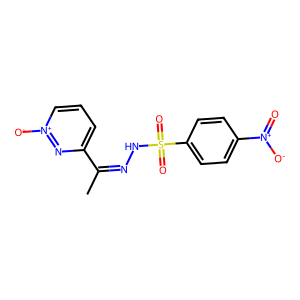
SMILES: CC(=NNS(=O)(=O)c1ccc([N+](=O)[O-])cc1)c1ccc[n+]([O-])n1
Inhibits HIV replication: No